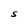
Character: S